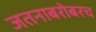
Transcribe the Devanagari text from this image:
जतनाबरोबरच